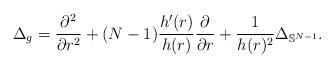
LaTeX: \begin{align*}\Delta_g = \frac{\partial^2}{\partial r^2} + (N-1) \frac{h'(r)}{h(r)} \frac{\partial}{\partial r} + \frac{1}{h(r)^2} \Delta_{\mathbb{S}^{N-1}}.\end{align*}